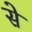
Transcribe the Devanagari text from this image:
से